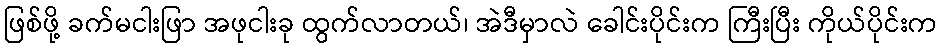
ဖြစ်ဖို့ ခက်မငါးဖြာ အဖုငါးခု ထွက်လာတယ်၊ အဲဒီမှာလဲ ခေါင်းပိုင်းက ကြီးပြီး ကိုယ်ပိုင်းက